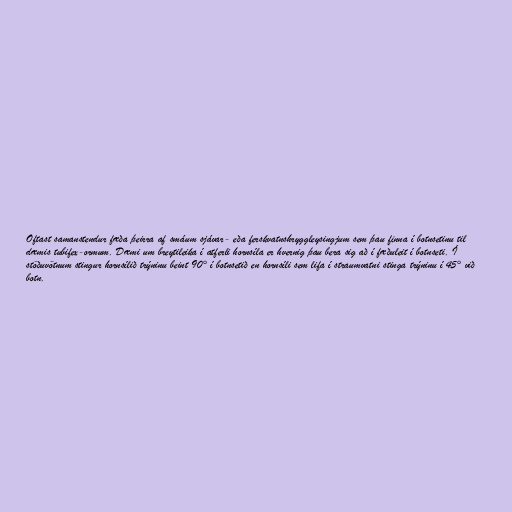
Oftast samanstendur fæða þeirra af smáum sjávar- eða ferskvatnshryggleysingjum sem þau finna í botnsetinu til
dæmis tubifex-ormum. Dæmi um breytileika í atferli hornsíla er hvernig þau bera sig að í fæðuleit í botnseti. Í
stöðuvötnum stingur hornsílið trýninu beint 90° í botnsetið en hornsíli sem lifa í straumvatni stinga trýninu í 45° við
botn.